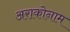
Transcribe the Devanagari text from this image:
अराकोनाम